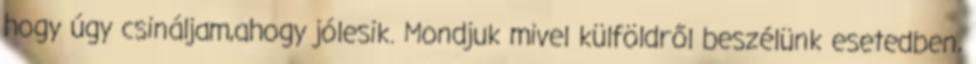
hogy úgy csináljam,ahogy jólesik. Mondjuk mivel külföldről beszélünk esetedben,